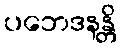
ပဘေဒနန္တိ